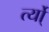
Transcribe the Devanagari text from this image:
र्त्यो्